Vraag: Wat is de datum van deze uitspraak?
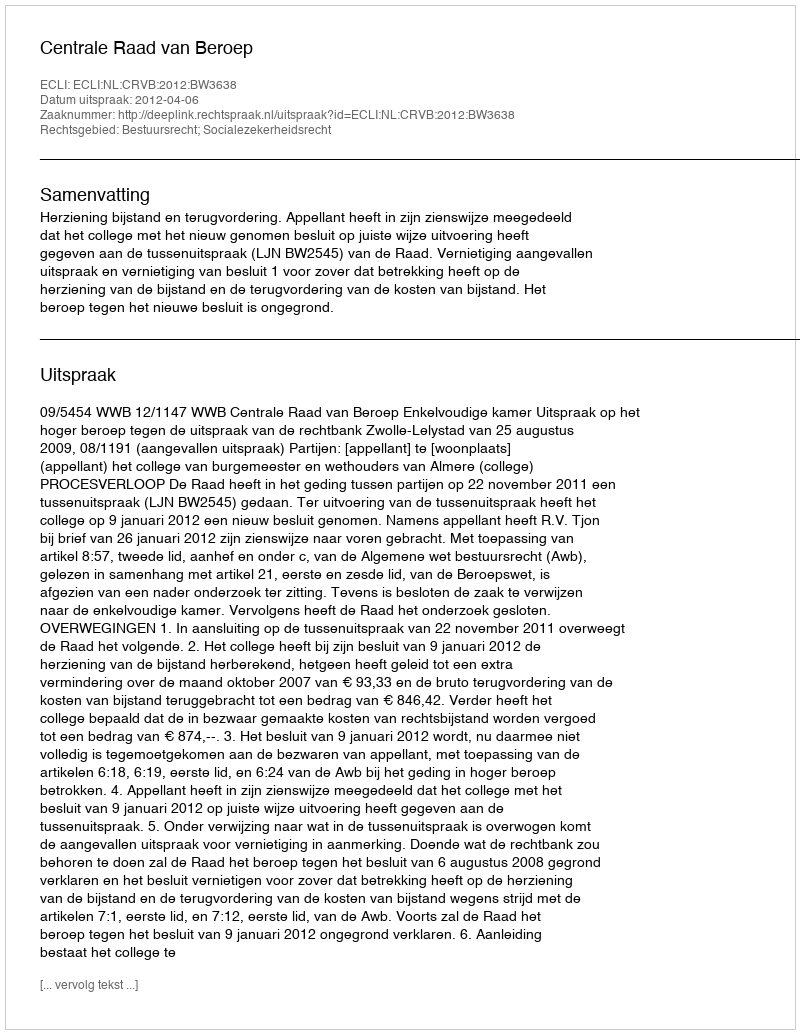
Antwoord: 2012-04-06